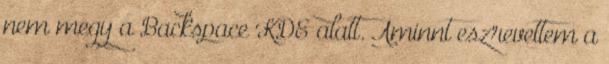
nem megy a Backspace KDE alatt. Aminnt eszrevettem a